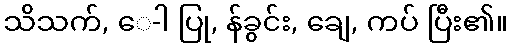
သိသက်, ေ-ါ ပြု, န်ခွင်း, ချေ, ကပ် ပြီး၏။